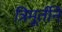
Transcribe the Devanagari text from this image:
त्रिमूर्तीने